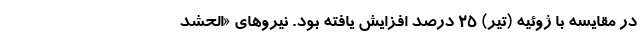
در مقایسه با ژوئیه (تیر) ۲۵ درصد افزایش یافته بود. نیروهای «الحشد